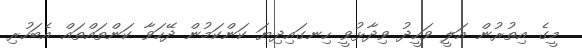
މީގެ އިތުރުން އަލީ ވަހީދު ވިދާޅުވީ ހިނގައިދިޔަ ކަންކަމުން ދޭހަވާ ކަންތައްތައް އެބަހުރި